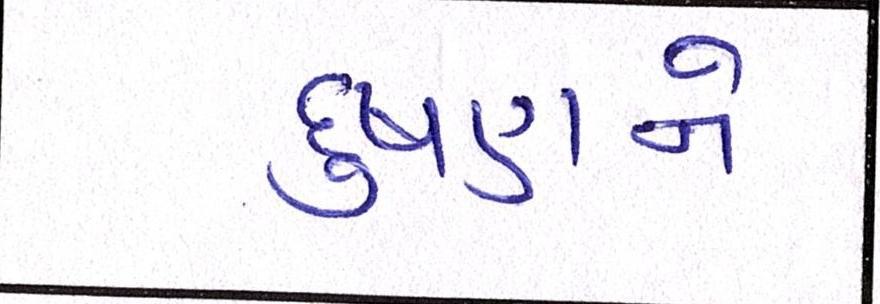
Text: દુષણને